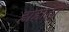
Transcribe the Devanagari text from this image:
हाहाहो